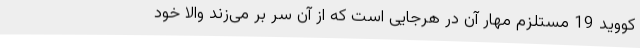
کووید 19 مستلزم مهار آن در هرجایی است که از آن سر بر می‌زند والا خود